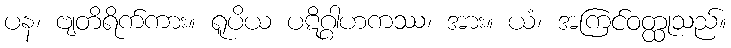
ပန၊ ဗျတိရိက်ကား။ ရူပိယ ပဋိဂ္ဂါဟကဿ၊ အား။ ယံ၊ အကြင်ဝတ္ထုသည်။